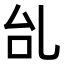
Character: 乨